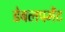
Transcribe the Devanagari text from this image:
डेबलपमेंट